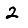
Digit: 2